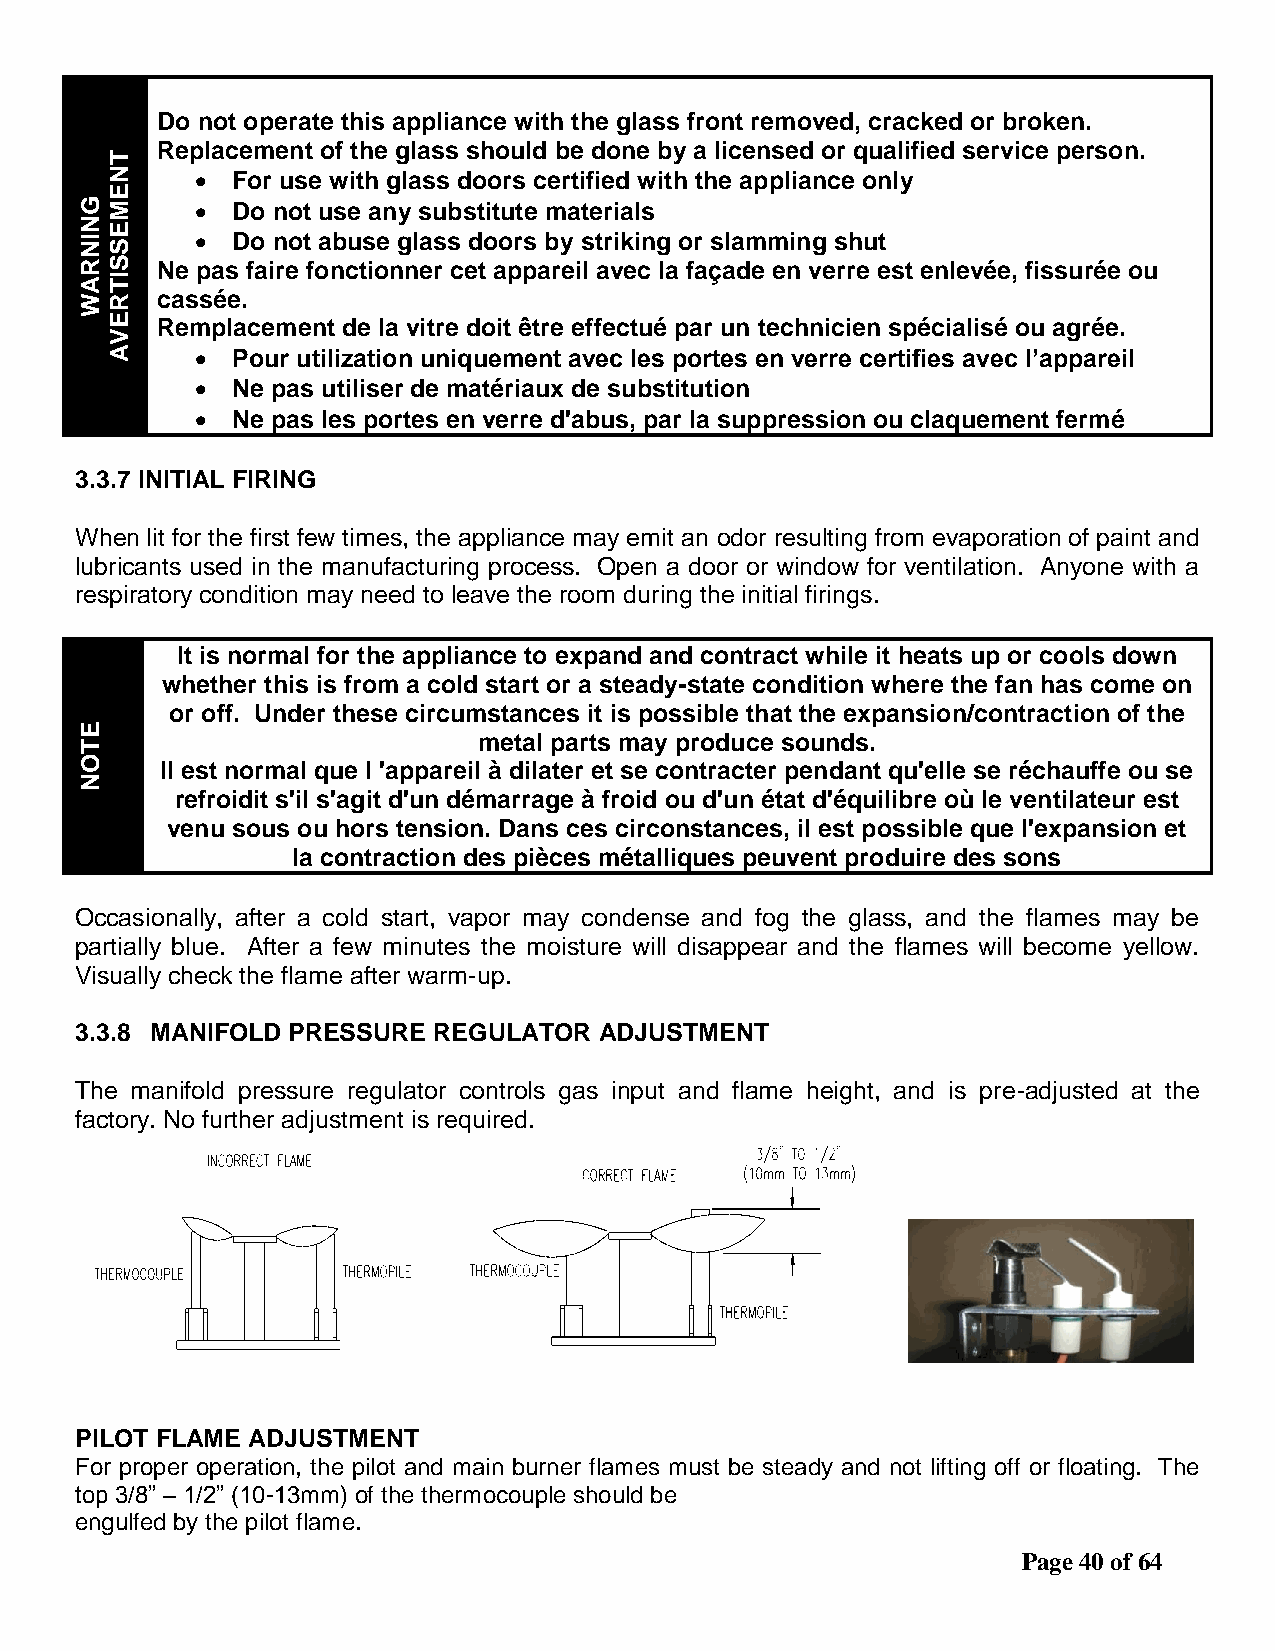
Do not operate this appliance with the glass front removed, cracked or broken.
 T
 Replacement of the glass should be done by a licensed or qualified service person.
 N      For use with glass doors certified with the appliance only
 E
 GM       Do not use any substitute materials
 NE
 I NS     Do not abuse glass doors by striking or slamming shut
 RS   Ne pas faire fonctionner cet appareil avec la façade en verre est enlevée, fissurée ou
 AI
 T
 WR   cassée.
 E  Remplacement de la vitre doit être effectué par un technicien spécialisé ou agrée.
 V
 A      Pour utilization uniquement avec les portes en verre certifies avec l’appareil
  Ne pas utiliser de matériaux de substitution
  Ne pas les portes en verre d'abus, par la suppression ou claquement fermé
 3.3.7 INITIAL FIRING
 When lit for the first few times, the appliance may emit an odor resulting from evaporation of paint and
 lubricants used in the manufacturing process. Open a door or window for ventilation. Anyone with a
 respiratory condition may need to leave the room during the initial firings.
 It is normal for the appliance to expand and contract while it heats up or cools down
 whether this is from a cold start or a steady-state condition where the fan has come on
 or off. Under these circumstances it is possible that the expansion/contraction of the
 E
 metal parts may produce sounds.
 T
 O     Il est normal que l 'appareil à dilater et se contracter pendant qu'elle se réchauffe ou se
 N
 refroidit s'il s'agit d'un démarrage à froid ou d'un état d'équilibre où le ventilateur est
 venu sous ou hors tension. Dans ces circonstances, il est possible que l'expansion et
 la contraction des pièces métalliques peuvent produire des sons
 Occasionally, after a cold start, vapor may condense and fog the glass, and the flames may be
 partially blue. After a few minutes the moisture will disappear and the flames will become yellow.
 Visually check the flame after warm-up.
 3.3.8 MANIFOLD PRESSURE REGULATOR  ADJUSTMENT
 The manifold pressure regulator controls gas input and flame height, and is pre-adjusted at the
 factory. No further adjustment is required.
 PILOT FLAME ADJUSTMENT
 For proper operation, the pilot and main burner flames must be steady and not lifting off or floating. The
 top 3/8” – 1/2” (10-13mm) of the thermocouple should be
 engulfed by the pilot flame.
 Page 40 of 64